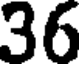
36